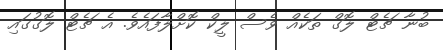
ބުނާ ޗެޓް ލޮގް ތަކެއް ވެސް ލީކް ކޮށްލާފައެވެ. އެ ޗެޓް ލޮގުގައި